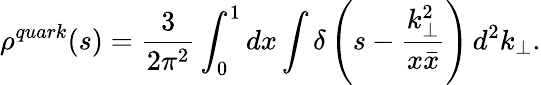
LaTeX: \rho^{quark}(s)=\frac{3}{2\pi^{2}}\int_{0}^{1}dx\int\delta\left(s-\frac{k_{\perp}^{2}}{x\bar{x}}\right)\, d^{2}k_{\perp}.